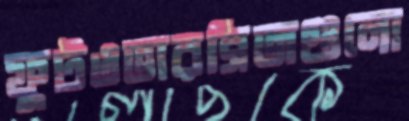
ফুটওভারব্রিজগুলো